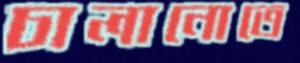
চালানোতে